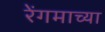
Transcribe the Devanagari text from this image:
रेंगमाच्या